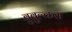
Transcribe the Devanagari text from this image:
बुबुल्कस